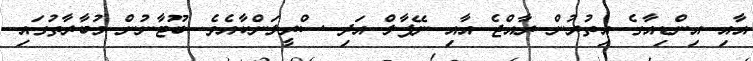
އާއި އިންޑިއާގެ އިތުރުން ރާއްޖެ އާއި ނޭޕާލް އަދި ސްރީލަންކާއެވެ. ބޫޓާނުން މުބާރާތުގައި